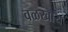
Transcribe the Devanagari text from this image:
वळखाय